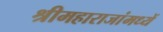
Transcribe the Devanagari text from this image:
श्रीमहाराजांमध्यें